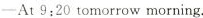
—At 9:20 tomorrow morning.